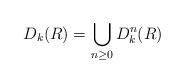
LaTeX: \begin{align*}D_k(R)=\bigcup_{n\ge 0}D_k^n(R)\end{align*}